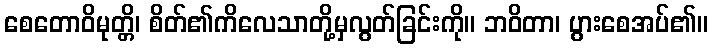
စေတောဝိမုတ္တိ၊ စိတ်၏ကိလေသာတို့မှလွတ်ခြင်းကို။ ဘဝိတာ၊ ပွားစေအပ်၏။